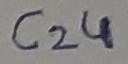
Text: C24